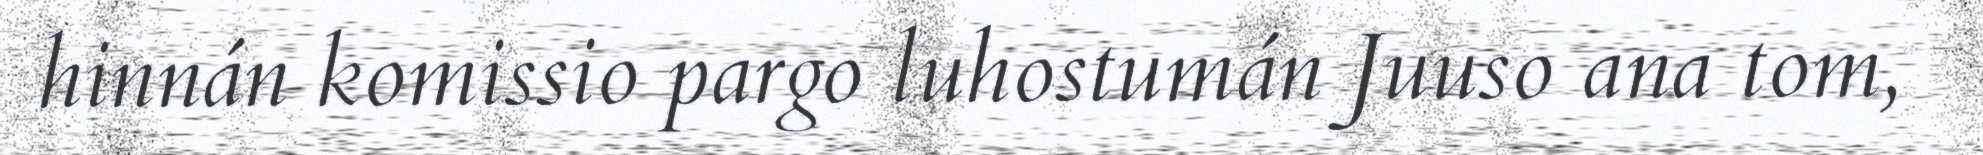
hinnán komissio pargo luhostumán Juuso ana tom,